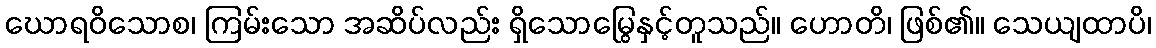
ဃောရဝိသောစ၊ ကြမ်းသော အဆိပ်လည်း ရှိသောမြွေနှင့်တူသည်။ ဟောတိ၊ ဖြစ်၏။ သေယျထာပိ၊